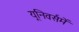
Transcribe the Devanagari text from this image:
यूनिवर्समें